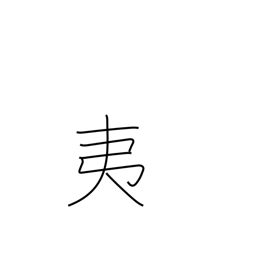
Meaning: barbarian